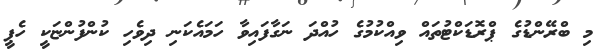
މި ބްރޭންޑުގެ ޕްރޮޑަކްޓުތައް ވިއްކުމުގެ ހުއްދަ ނަގާފައިވާ ހަމައެކަނި ދިވެހި ކުންފުންޏަކީ ހެޕީ